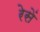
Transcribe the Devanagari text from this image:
रेसें